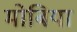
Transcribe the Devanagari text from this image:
मोबिया